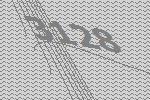
3128